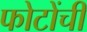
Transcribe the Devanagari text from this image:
फोटोंची